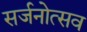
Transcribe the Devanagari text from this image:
सर्जनोत्सव